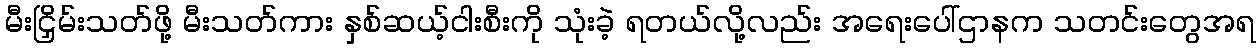
မီးငြှိမ်းသတ်ဖို့ မီးသတ်ကား နှစ်ဆယ့်ငါးစီးကို သုံးခဲ့ ရတယ်လို့လည်း အရေးပေါ်ဌာနက သတင်းတွေအရ